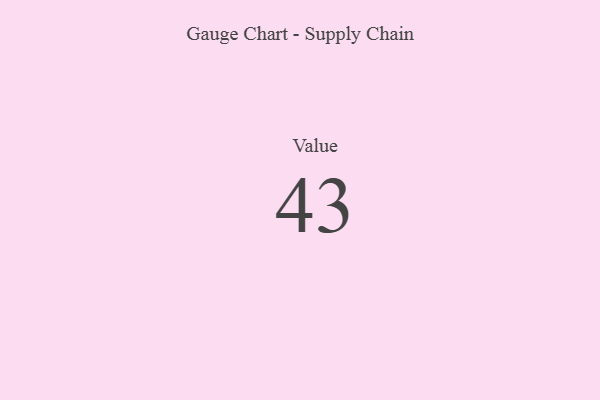
{"axis": {"x": "Metric", "y": "Value"}, "legend": [""], "data": [{"x": "Value", "y": 43, "type": ""}]}